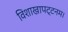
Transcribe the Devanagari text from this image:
विशाखापट्टनम।